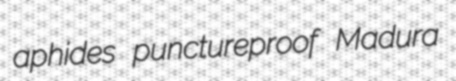
aphides punctureproof Madura